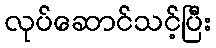
လုပ်ဆောင်သင့်ပြီး